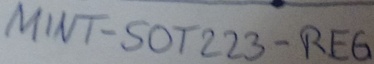
Text: MINT-SOT223-REG